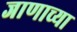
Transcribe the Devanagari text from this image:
जाणाच्या